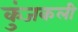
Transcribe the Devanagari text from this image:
कुंजकली